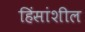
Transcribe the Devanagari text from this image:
हिंसांशील